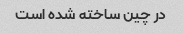
در چین ساخته شده است